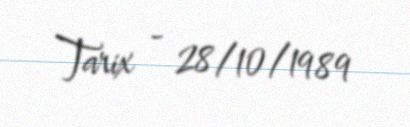
Tarix - 28/10/1989